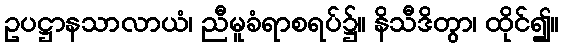
ဥပဋ္ဌာနသာလာယံ၊ ညီမူခံရာစရပ်၌။ နိသီဒိတွာ၊ ထိုင်၍။